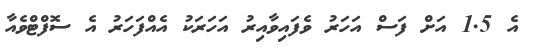
އެ 1.5 އަށް ފަސް އަހަރު ވެފައިވާއިރު އަހަރަކު އެއްފަހަރު އެ ސޮފްޓްވެއާ